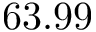
6 3 . 9 9